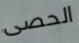
الحصى